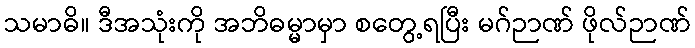
သမာဓိ။ ဒီအသုံးကို အဘိဓမ္မာမှာ စတွေ့ရပြီး မဂ်ဉာဏ် ဖိုလ်ဉာဏ်